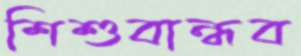
শিশুবান্ধব